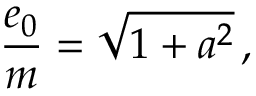
\frac { e _ { 0 } } { m } = \sqrt { 1 + a ^ { 2 } } \, ,